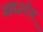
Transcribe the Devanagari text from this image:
आश्चर्यश्